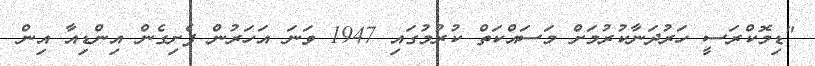
"ޑިމޮކްރަސީ ހަރުދަނާކުރުމަށް މަސައްކަތް ކުރުމުގައި 1947 ވަނަ އަހަރުން ފެށިގެން އިންޑިއާ އިން